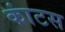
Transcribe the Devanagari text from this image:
कांटस